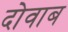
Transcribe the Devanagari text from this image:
दोवाब